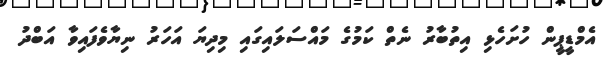
އެމްޑީޕީން ހުށަހެޅި އިތުބާރު ނެތް ކަމުގެ މައްސަލައިގައި މިދިޔަ އަހަރު ނިޔާވެފައިވާ އަބްދު